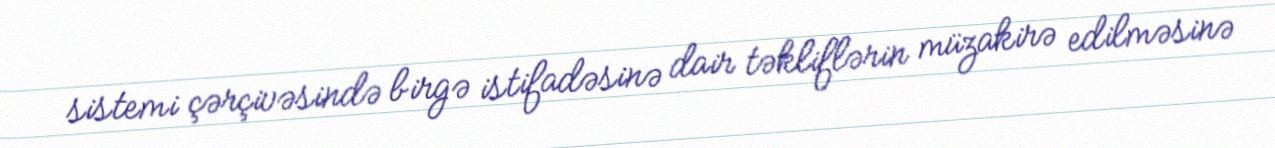
sistemi çərçivəsində birgə istifadəsinə dair təkliflərin müzakirə edilməsinə